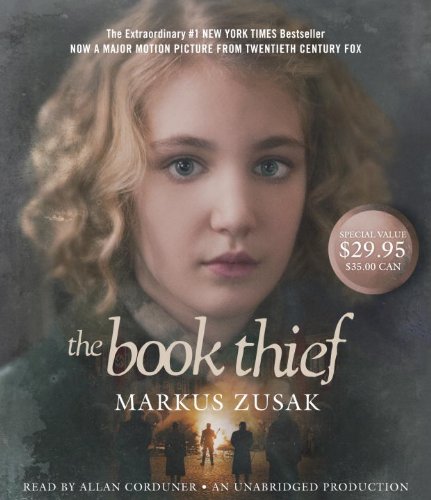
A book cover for The Book Thief; Markus Zusak; Teen & Young Adult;